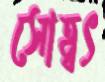
সোহ্বৎ